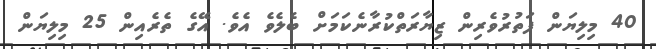
40 މިލިޔަން ފަތުރުވެރިން ޒިޔާރަތްކުރާނެކަމަށް ބެލެވެ އެވެ. އޭގެ ތެރެއިން 25 މިލިޔަން